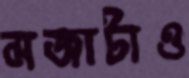
মজাটাও